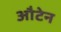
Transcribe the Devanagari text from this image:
औटेन